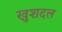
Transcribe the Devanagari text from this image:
खुशदल